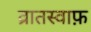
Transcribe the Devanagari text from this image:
व्रातस्वाफ़